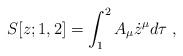
LaTeX: \begin{align*}S[z;1,2]=\int_{1}^{2}A_{\mu }\dot{z}^{\mu }d\tau \;, \end{align*}